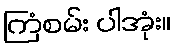
ကြံစမ်း ပါအုံး။